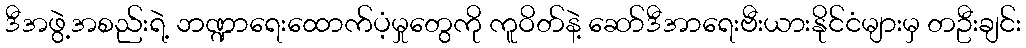
ဒီအဖွဲ့အစည်းရဲ့ ဘဏ္ဍာရေးထောက်ပံ့မှုတွေကို ကူဝိတ်နဲ့ ဆော်ဒီအာရေးဗီးယားနိုင်ငံများမှ တဦးချင်း